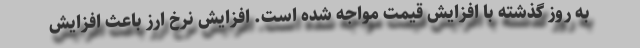
به روز گذشته با افزایش قیمت مواجه شده است. افزایش نرخ ارز باعث افزایش